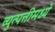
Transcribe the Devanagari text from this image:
व्युत्पत्तीमध्ये